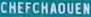
CHEFCHAOUEN